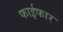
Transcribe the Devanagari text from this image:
फाईफार